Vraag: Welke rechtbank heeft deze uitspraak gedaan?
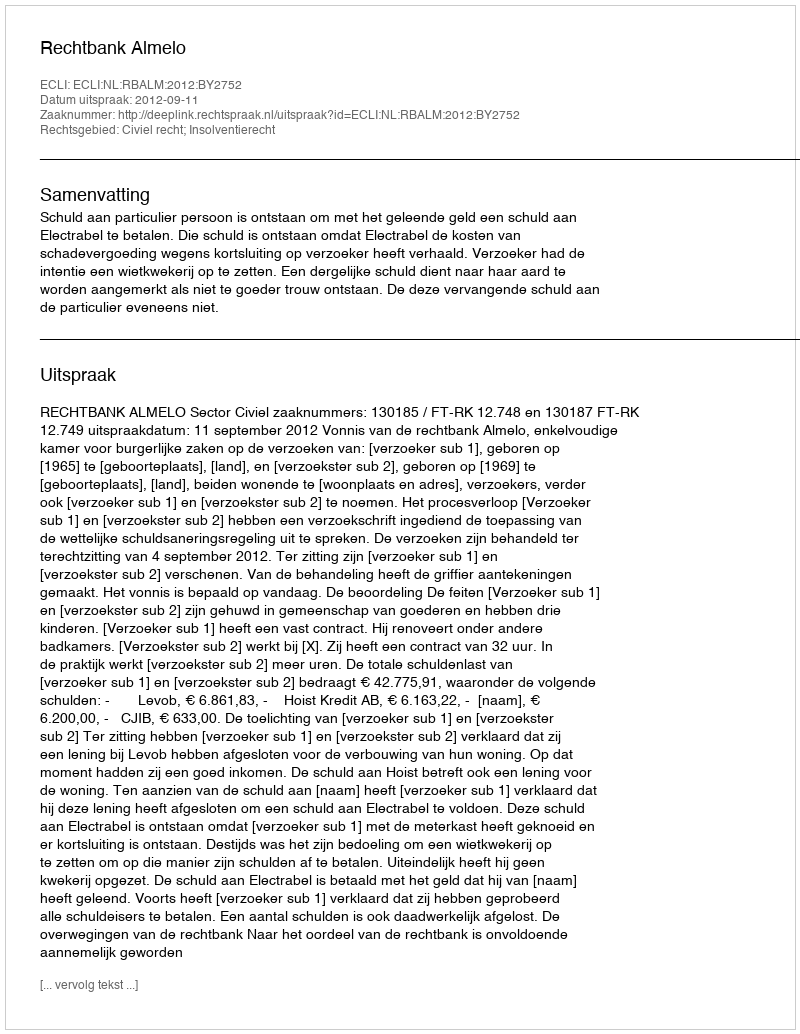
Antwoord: Rechtbank Almelo